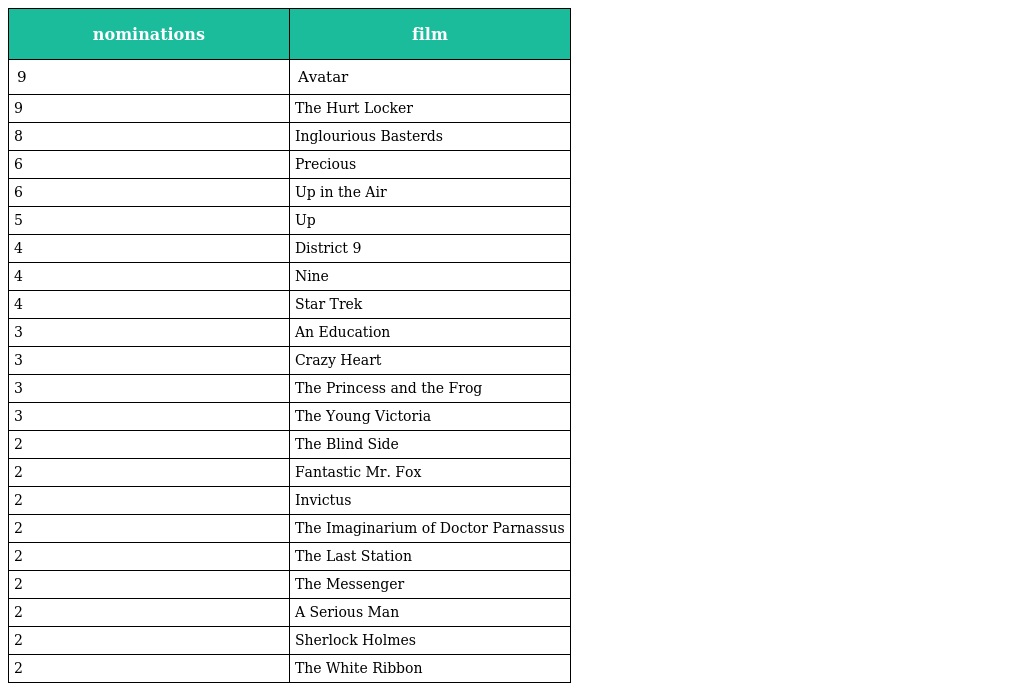
| nominations | film |
 | --- | --- |
 | 9 | Avatar |
 | 9 | The Hurt Locker |
 | 8 | Inglourious Basterds |
 | 6 | Precious |
 | 6 | Up in the Air |
 | 5 | Up |
 | 4 | District 9 |
 | 4 | Nine |
 | 4 | Star Trek |
 | 3 | An Education |
 | 3 | Crazy Heart |
 | 3 | The Princess and the Frog |
 | 3 | The Young Victoria |
 | 2 | The Blind Side |
 | 2 | Fantastic Mr. Fox |
 | 2 | Invictus |
 | 2 | The Imaginarium of Doctor Parnassus |
 | 2 | The Last Station |
 | 2 | The Messenger |
 | 2 | A Serious Man |
 | 2 | Sherlock Holmes |
 | 2 | The White Ribbon |